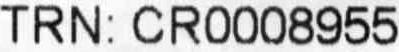
TRN: CR0008955